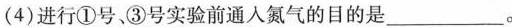
(4)进行①号，③号实验前通人氮气的目的是___。